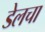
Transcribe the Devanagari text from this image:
डेलचा